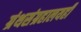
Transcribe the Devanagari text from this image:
ग्रंथसंग्रहालयही